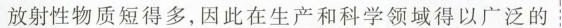
放射性物质短得多，因此在生产和科学领域得以广泛的